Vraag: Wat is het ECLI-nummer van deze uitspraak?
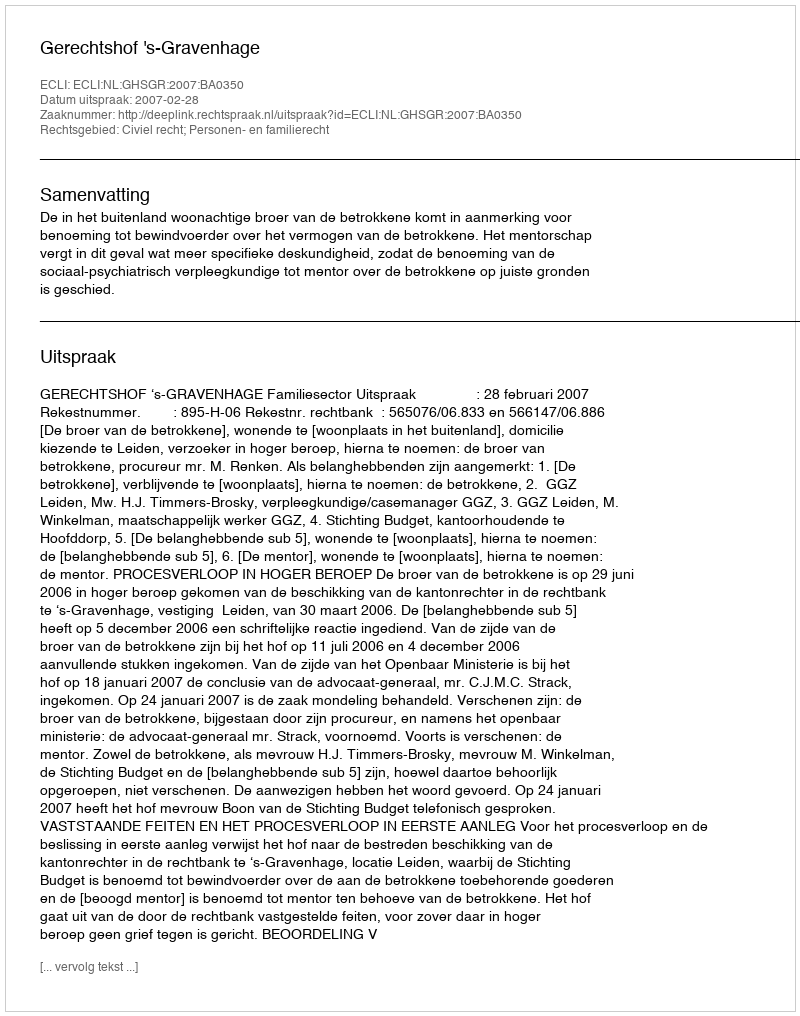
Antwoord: ECLI:NL:GHSGR:2007:BA0350